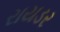
રાયડર